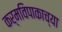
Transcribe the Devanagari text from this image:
कर्मविपाकाच्या